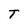
Character: T